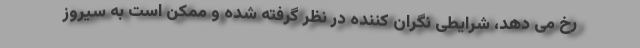
رخ می دهد، شرایطی نگران کننده در نظر گرفته شده و ممکن است به سیروز